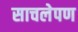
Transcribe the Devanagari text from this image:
साचलेपण